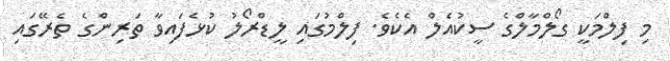
މި ފިލްމަކީ ގޯލްމާލްގެ ސީކުއެލް އެކެވެ. ފިލްމުގައި ލީޑްރޯލު ކުޅެފައިވާ ތަރިންގެ ތެރޭގައި